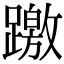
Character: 躈